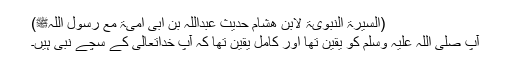
(السیرۃ النبویۃ لابن ھشام حدیث عبداللہ بن ابی امیۃ مع رسول اللہﷺ)
آپ صلی اللہ علیہ وسلم کو یقین تھا اور کامل یقین تھا کہ آپ خداتعالیٰ کے سچے نبی ہیں۔